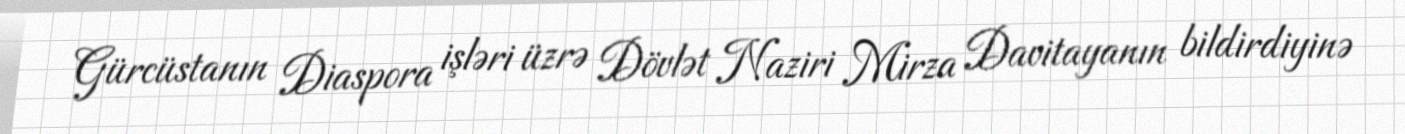
Gürcüstanın Diaspora işləri üzrə Dövlət Naziri Mirza Davitayanın bildirdiyinə